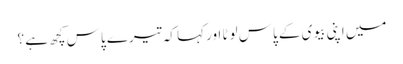
میں اپنی بیوی کے پاس لوٹا اور کہا کہ تیرے پاس کچھ ہے ؟